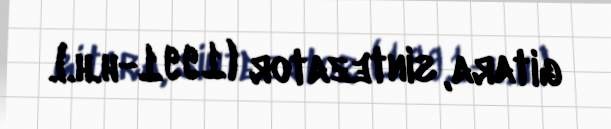
gitara, sintezator (1991-h.h.).